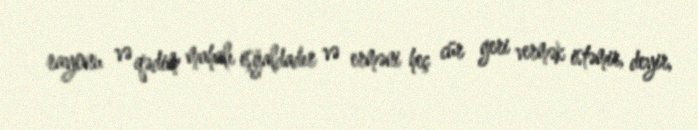
rayonu və qədim mahalı işğaldadır və erməni heç cür geri vermək istəmir, deyir,